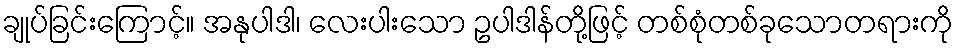
ချုပ်ခြင်းကြောင့်။ အနုပါဒါ၊ လေးပါးသော ဥပါဒါန်တို့ဖြင့် တစ်စုံတစ်ခုသောတရားကို